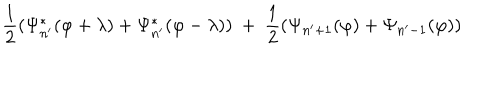
{ \frac { 1 } { 2 } } ( \Psi _ { n ^ { \prime } } ^ { * } ( \varphi + \lambda ) + \Psi _ { n ^ { \prime } } ^ { * } ( \varphi - \lambda ) ) \ + \ { \frac { 1 } { 2 } } ( \Psi _ { n ^ { \prime } + 1 } ( \varphi ) + \Psi _ { n ^ { \prime } - 1 } ( \varphi ) )